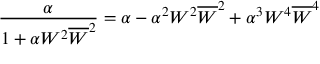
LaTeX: \frac { \alpha } { 1 + \alpha W ^ { 2 } \overline { { { W } } } ^ { 2 } } = \alpha - \alpha ^ { 2 } W ^ { 2 } \overline { { { W } } } ^ { 2 } + \alpha ^ { 3 } W ^ { 4 } \overline { { { W } } } ^ { 4 }